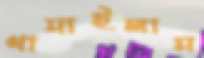
থামাইলাম